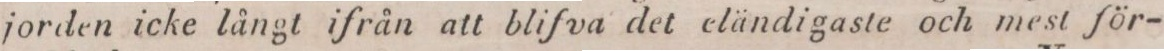
jorden icke långt ifrån att blifva det eländigaste och mest för-